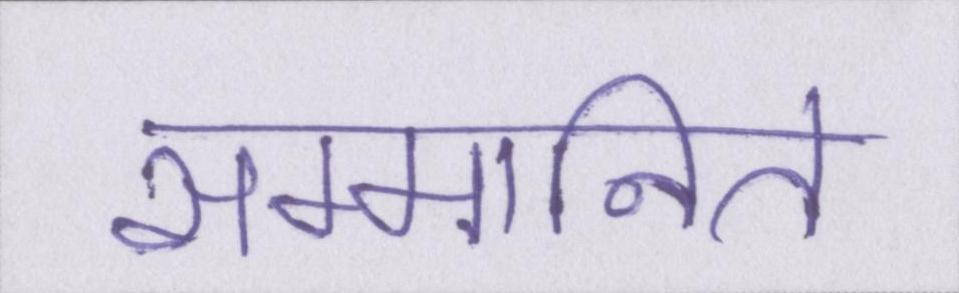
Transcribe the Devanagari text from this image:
सम्मानित